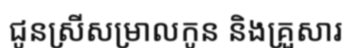
ជូនស្រីសម្រាលកូន និងគ្រួសារ